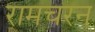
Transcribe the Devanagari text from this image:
रामचरन